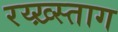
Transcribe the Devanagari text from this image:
रय्ख़्स्ताग